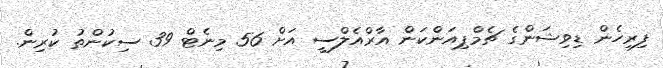
ފިރިހެން ޑިވިޝަންގެ ޗެމްޕިއަންކަން އާރްއެލްސީ އަށް 56 މިނެޓް 39 ސިކުންތު ކުރިން.